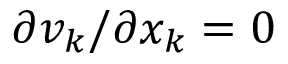
\partial v _ { k } / \partial x _ { k } = 0